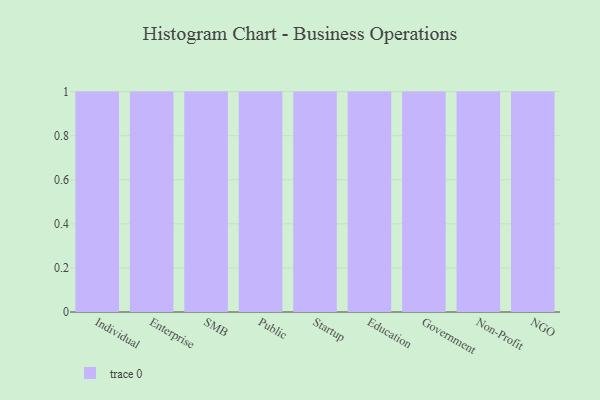
{"axis": {"x": "Segment", "y": "Customer Acquisition Cost (USD)"}, "legend": [""], "data": [{"x": "Individual", "y": 56, "type": ""}, {"x": "Enterprise", "y": 100, "type": ""}, {"x": "SMB", "y": 1, "type": ""}, {"x": "Public", "y": 23, "type": ""}, {"x": "Startup", "y": 60, "type": ""}, {"x": "Education", "y": 22, "type": ""}, {"x": "Government", "y": 23, "type": ""}, {"x": "Non-Profit", "y": 74, "type": ""}, {"x": "NGO", "y": 44, "type": ""}]}